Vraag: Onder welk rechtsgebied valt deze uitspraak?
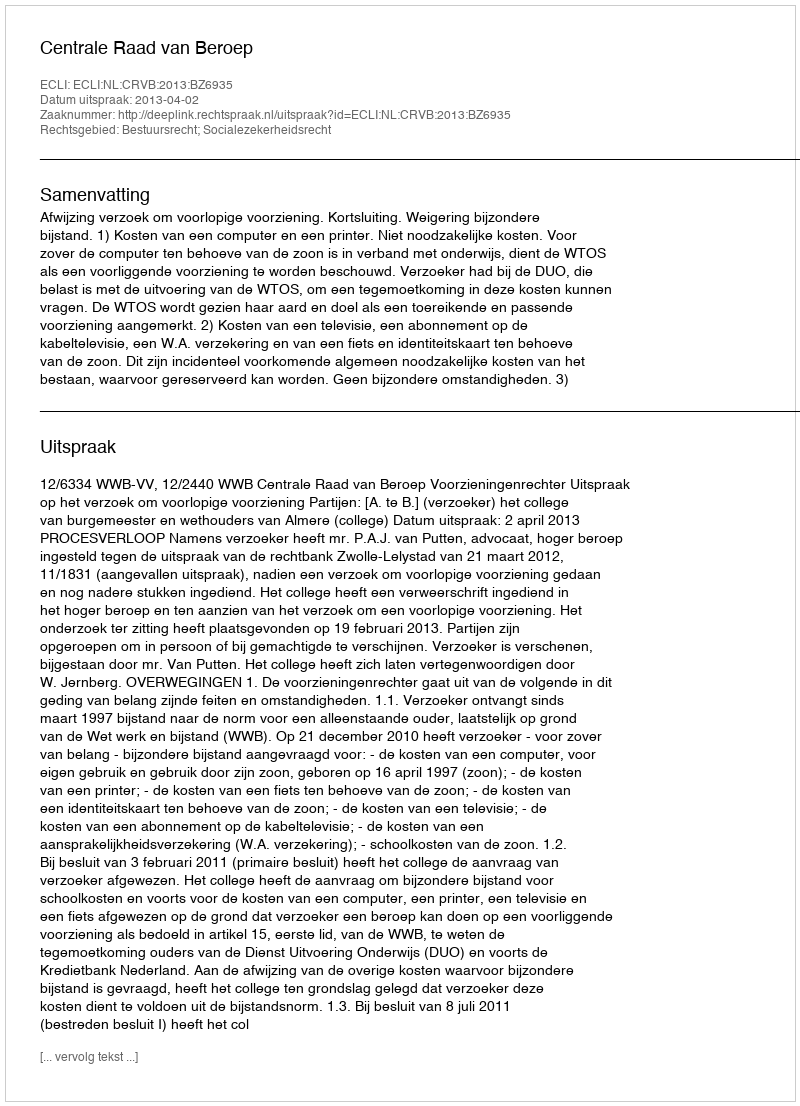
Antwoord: Bestuursrecht; Socialezekerheidsrecht